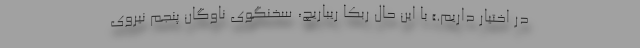
در اختیار داریم.» با این حال ربکا ریباریچ، سخنگوی ناوگان پنجم نیروی